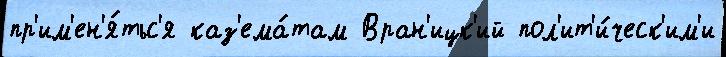
пр'им'ен'я́тьс'я каз'ема́там Вран'ицк'ий пол'ит'и́ческ'им'и